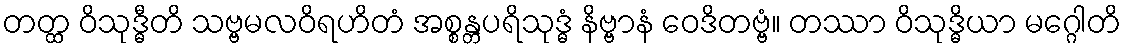
တတ္ထ ဝိသုဒ္ဓီတိ သဗ္ဗမလဝိရဟိတံ အစ္စန္တပရိသုဒ္ဓံ နိဗ္ဗာနံ ဝေဒိတဗ္ဗံ။ တဿာ ဝိသုဒ္ဓိယာ မဂ္ဂေါတိ